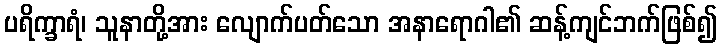
ပရိက္ခာရံ၊ သူနာတို့အား လျောက်ပတ်သော အနာရောဂါ၏ ဆန့်ကျင်ဘက်ဖြစ်၍